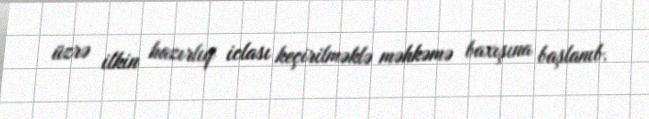
üzrə ilkin hazırlıq iclası keçirilməklə məhkəmə baxışına başlanıb.